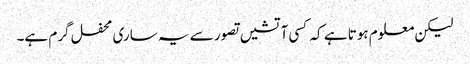
لیکن معلوم ہوتا ہے کہ کسی آتشیں تصور سے یہ ساری محفل گرم ہے۔